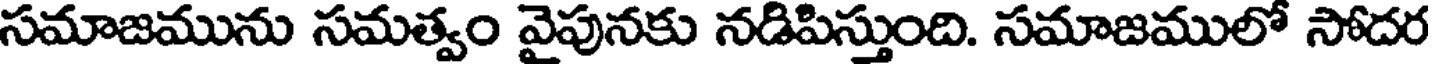
సమాజమును సమత్వం వైపునకు నడిపిస్తుంది. సమాజములో సోదర